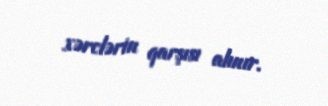
xərclərin qarşısı alınır.